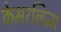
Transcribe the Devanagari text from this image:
केमरलिज्म